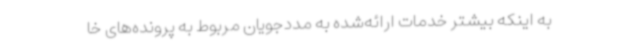
به اینکه بیشتر خدمات ارائه‌شده به مددجویان مربوط به پرونده‌های خا